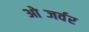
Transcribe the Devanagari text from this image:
ओब्जर्वर